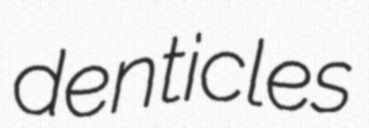
denticles